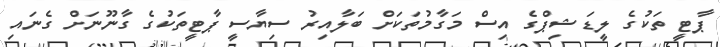
ޕާޓީ ތަކުގެ ލީޑަޝިޕްގެ އިސް މަގާމުތަކަށް ބަލާއިރު ސިޔާސީ ޕާޓީތަކުގެ ގާނޫނަށް ގެނައި